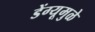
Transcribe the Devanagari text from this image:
डेंग्यूमुळे